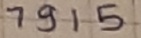
Text: 7915